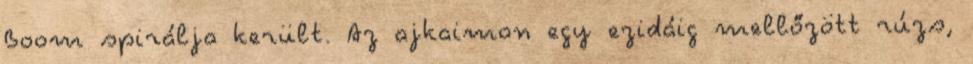
Boom spirálja került. Az ajkaimon egy ezidáig mellőzött rúzs,